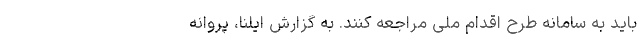
باید به سامانه طرح اقدام ملی مراجعه کنند. به گزارش ایلنا،‌ پروانه